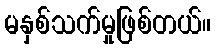
မနှစ်သက်မှုဖြစ်တယ်။